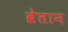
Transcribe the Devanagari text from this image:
ब्रेतान